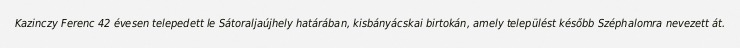
Kazinczy Ferenc 42 évesen telepedett le Sátoraljaújhely határában, kisbányácskai birtokán, amely települést később Széphalomra nevezett át.